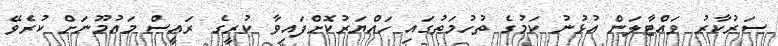
ސަރުކާރު ވައްޓާލަން އުޅުނު ކަމުގެ ތުހުމަތުގައި ހައްޔަރުކޮށްފައިވާ ކުރީގެ ރައީސް މައުމޫނަށް ކުރެވޭ